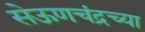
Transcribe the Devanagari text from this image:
सेऊणचंद्रच्या